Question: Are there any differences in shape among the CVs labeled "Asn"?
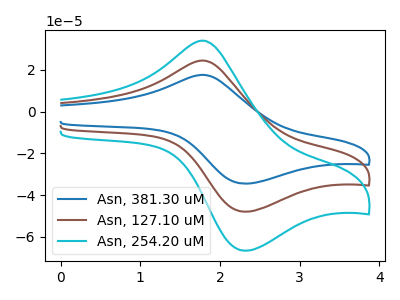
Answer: <think>The blue curve "Asn, 381.30 uM" has an anodic peak at (1.80V, 48.80uA) and a cathodic peak at (2.30V, -95.85uA). The brown curve "Asn, 127.10 uM" has an anodic peak at (1.80V, 24.40uA) and a cathodic peak at (2.30V, -47.90uA). The cyan curve "Asn, 254.20 uM" has an anodic peak at (1.80V, 33.90uA) and a cathodic peak at (2.30V, -66.60uA).
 All the peaks in "Asn, 381.30 uM" have a peak in "Asn, 127.10 uM" at the same potential. Every peak in "Asn, 381.30 uM" is higher than every peak in "Asn, 127.10 uM". All the peaks in "Asn, 381.30 uM" have a peak in "Asn, 254.20 uM" at the same potential. Every peak in "Asn, 381.30 uM" is higher than every peak in "Asn, 254.20 uM". All the peaks in "Asn, 127.10 uM" have a peak in "Asn, 254.20 uM" at the same potential. Every peak in "Asn, 127.10 uM" is lower than every peak in "Asn, 254.20 uM".</think>
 <answer>All the CV's of "Asn" have similar shape.</answer>
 <eval>follow_rule</eval>